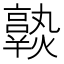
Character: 𤒆